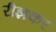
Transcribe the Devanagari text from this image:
रीझकर